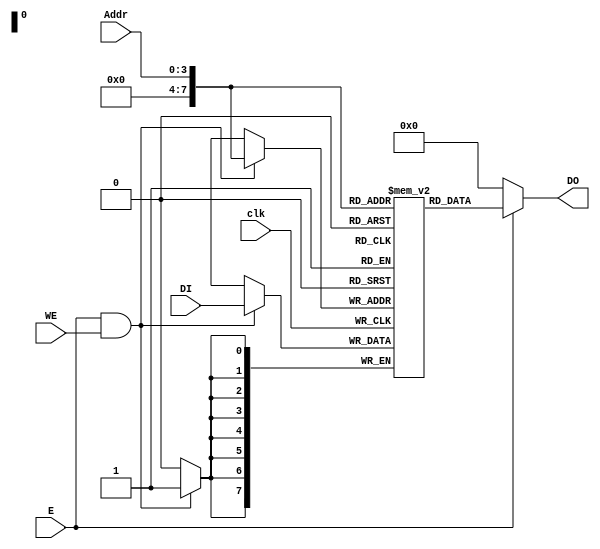
// Verilog code for data memory
 module DMem( input clk,
     input E, // Enable port 
     input WE, // Write enable port
     input [3:0] Addr, // Address port 
     input [7:0] DI, // Data input port
     output [7:0] DO // Data output port
    );
reg [7:0] data_mem [255:0];
// fpga4student.com: FPGA project, Verilog project, VHDL project
always @(posedge clk) 
begin
 if(E==1 && WE ==1) 
  data_mem[Addr] <= DI;
end 
 assign DO = (E ==1 )? data_mem[Addr]:0;
endmodule